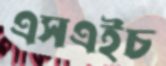
এসএইচ